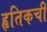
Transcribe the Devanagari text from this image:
हृतिकची